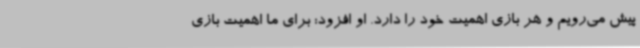
پیش می‌رویم و هر بازی اهمیت خود را دارد. او افزود: برای ما اهمیت بازی